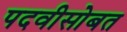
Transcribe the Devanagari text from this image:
पदवीसोबत